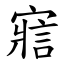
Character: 寣